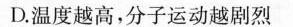
D.温度越高，分子运动越剧烈